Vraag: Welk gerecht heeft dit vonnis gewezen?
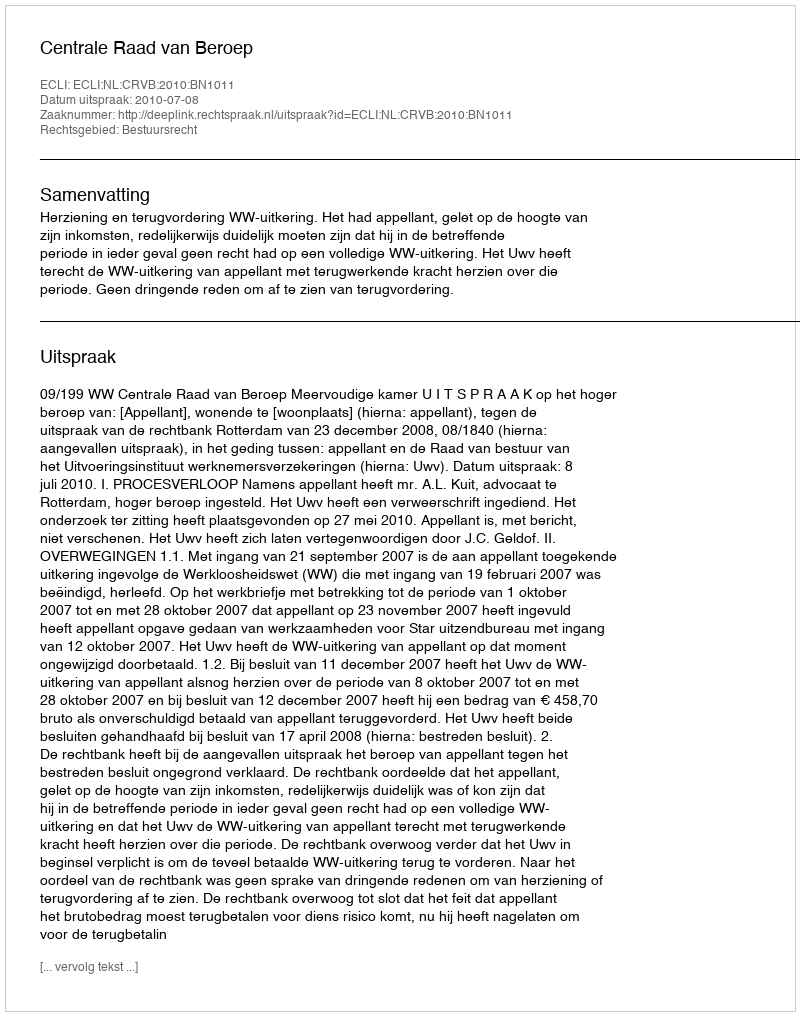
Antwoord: Centrale Raad van Beroep